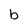
Character: b